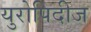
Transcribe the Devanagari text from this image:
युरोपिदीज